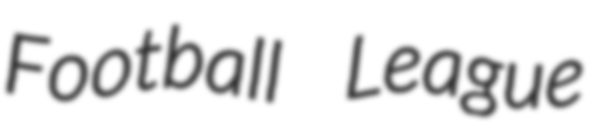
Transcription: Football League